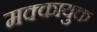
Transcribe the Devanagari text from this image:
मक्कायुक्त